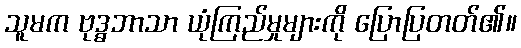
သူမက ဗုဒ္ဓဘာသာ ယုံကြည်မှုများကို ပြောပြတတ်၏။